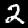
Digit: 2